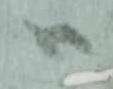
ハ